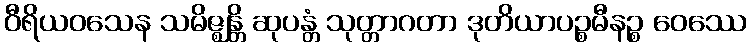
ဝီရိယဝသေန သမိဇ္ဈန္တိ ဆုပန္တံ သုတ္တာဂတာ ဒုတိယာပဉ္စမီနဉ္စ ဝေဿေ